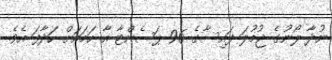
ނުދާ ލޯނުގެ ޖުމުލަ ފައިސާގެ 96 ޕަސެންޓާ އާ ހަމައަށް ހަދާފަ އެވެ.